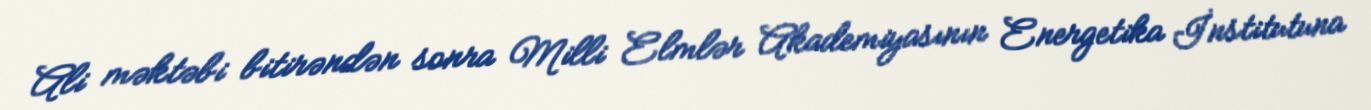
Ali məktəbi bitirəndən sonra Milli Elmlər Akademiyasının Energetika İnstitutuna